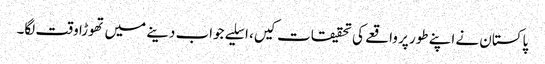
پاکستان نے اپنے طور پر واقعے کی تحقیقات کیں، اسلیے جواب دینے میں تھوڑا وقت لگا۔